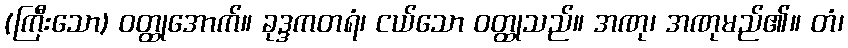
(ကြီးသော) ဝတ္ထုအောက်။ ခုဒ္ဒကတရံ၊ ငယ်သော ဝတ္ထုသည်။ အဏု၊ အဏုမည်၏။ တံ၊